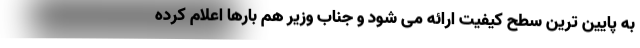
به پایین ترین سطح کیفیت ارائه می شود و جناب وزیر هم بارها اعلام کرده